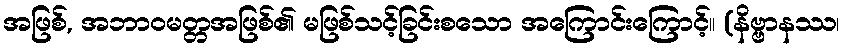
အဖြစ်, အဘာဝမတ္တအဖြစ်၏ မဖြစ်သင့်ခြင်းစသော အကြောင်းကြောင့်။ (နိဗ္ဗာနဿ၊